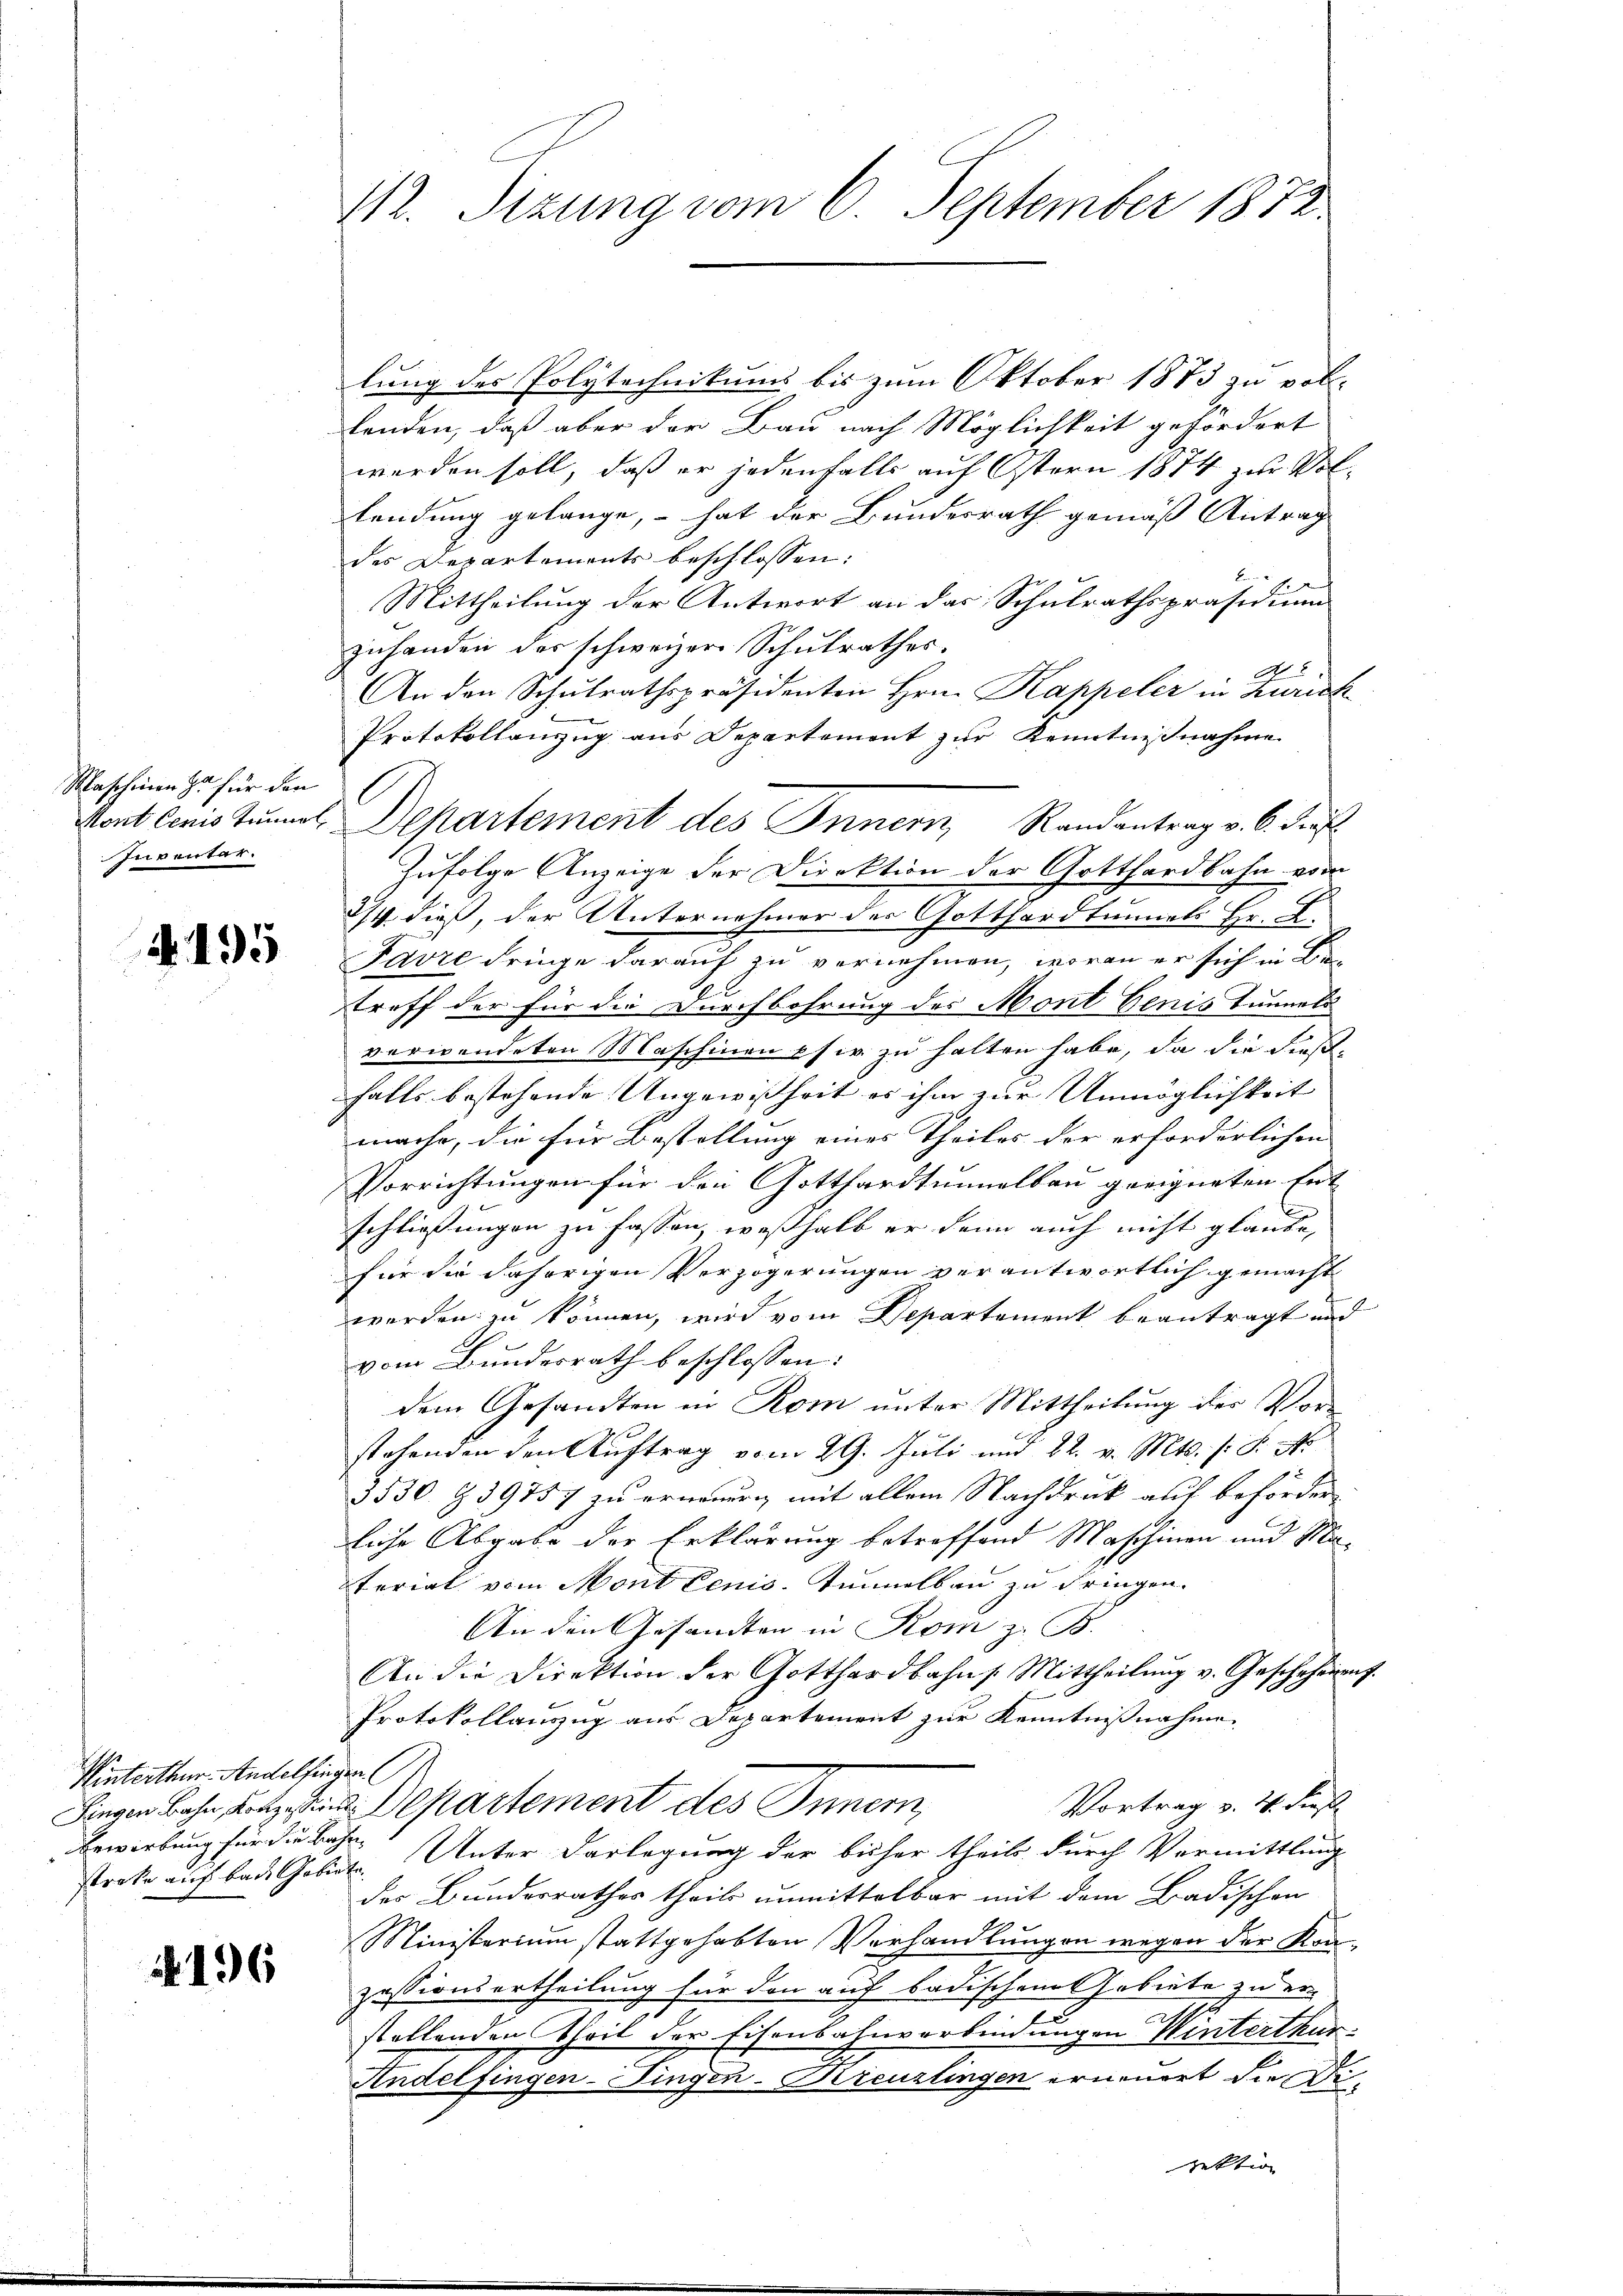
Maschinen zu für den
Inventar.

4195

lung des Polytechnikums bis zum Oktober 1873 zu voll-
lenden, daß aber der Bau nach Möglichkeit gefördert
werden soll, daß er jedenfalls auf Ostern 1874 zur Vollendung gelange, – hat der Bundesrath gemäß Antrag
der Departements beschlossen:
Mittheilung der Antwort an das Schulrathspräsidium
zuhanden des schweizer Schulrathes.
No. 8
An den Schulrathspräsidenten Hrn. Kappeler in Zürich
Protokollanzug aus Departement zur Kenntnißnahme
Zufolge Anzeige der Direktion der Gotthardbahn vom
2/4. dieß, der Unternehmer des Gotthardtunnels Hr. L.
Favre dringe darauf zu vernehmen, woran er sich in Be
treff der für die Durchbohrung des Mont Genis Tunnels
verwendeten Maschinen pfir zu halten habe, da die Fießfalls bestehende Ungewissheit es ihm zur Unmöglichkeit |
mache, die für Bestellung eines Theiles der erforderlichen
Vorrichtungen für den Gotthardtunnalbau geeigneten Ent- |
schließungen zu fassen, weßhalb er dann auch nicht glaube,
für die daherigen Verzögerungen verantwortlich gemacht
worden zu können, wird vom Departement beantragt und
vom Bundesrath beschlossen:
dem Gesandten in Rom unter Mittheilung der Vorstehenden den Auftrag vom 29. Juli und 22. v. Mts. (: P. Nr
3530. § 39757 zu erwonurig mit allem Nachdruck auf beförder
liche Abgabe der Erklärung betreffend Maschinen und Ma-
terial vom Mont lenio. Tunnelbau zu dringen.
An den Gesandten in Rom z. B.
An die Direktion der Gotthardbahn s. Mittheilung v. Geschehenent.
Protokollauszug aus Departement zur Kenntnißnahme
Vortrag v. 4. dieß
Liegen bahn, Lotz in Departement des Innern,
streke auf bei Gebiete Unter Darlegung der bisher theils durch Vermittlung
des Bundesrathes theils unmittelbar mit dem Badischen
Ministerium stattgehabten Verhandlungen wegen der Konzessionsertheilung für den auf badischen Gebiete zu er-
stellenden Theil der Eisenbahnverbindungen Winterthur.
Andelfingen-Fingen-Kreuzlingen erneuert die Dijektion

Winterthur. Andelfingen (
Bewirkung für die Bahn,

4196

112. Sizung vom 6. September 1872

Mont lenis Tunnel. Departement des Innern, Randantrag v. 6. Kräf